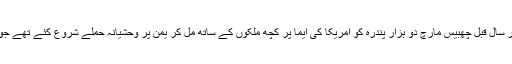
سعودی عرب نے چار سال قبل چھبیس مارچ دو ہزار پندرہ کو امریکا کی ایما پر کچھ ملکوں کے ساتھ مل کر یمن پر وحشیانہ حملے شروع کئے تھے جو ابھی تک جاری ہیں۔